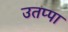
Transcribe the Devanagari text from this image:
उतप्पा